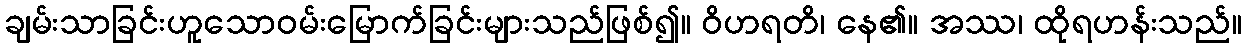
ချမ်းသာခြင်းဟူသောဝမ်းမြောက်ခြင်းများသည်ဖြစ်၍။ ဝိဟရတိ၊ နေ၏။ အဿ၊ ထိုရဟန်းသည်။